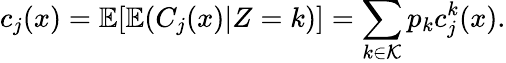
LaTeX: c_{j}(x)=\mathbb{E}[\mathbb{E}(C_{j}(x)|Z=k)]=\sum_{k\in\mathcal K}p_{k}c_{j}^{k}(x).